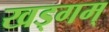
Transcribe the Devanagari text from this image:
खड्गम्